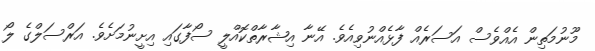
މޫނުމަތިން އެއްވެސް އަސަރެއް ފާޅެއްނުވިއެވެ. އޭނާ އިޝާރާތްކޮއްލީ ސޯފާގައި އިށީނުމަށެވެ. އަރްސަލްގެ ލޯ